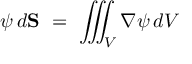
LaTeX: \psi \, d \mathbf { S } \ = \ \iiint _ { V } \nabla \psi \, d V